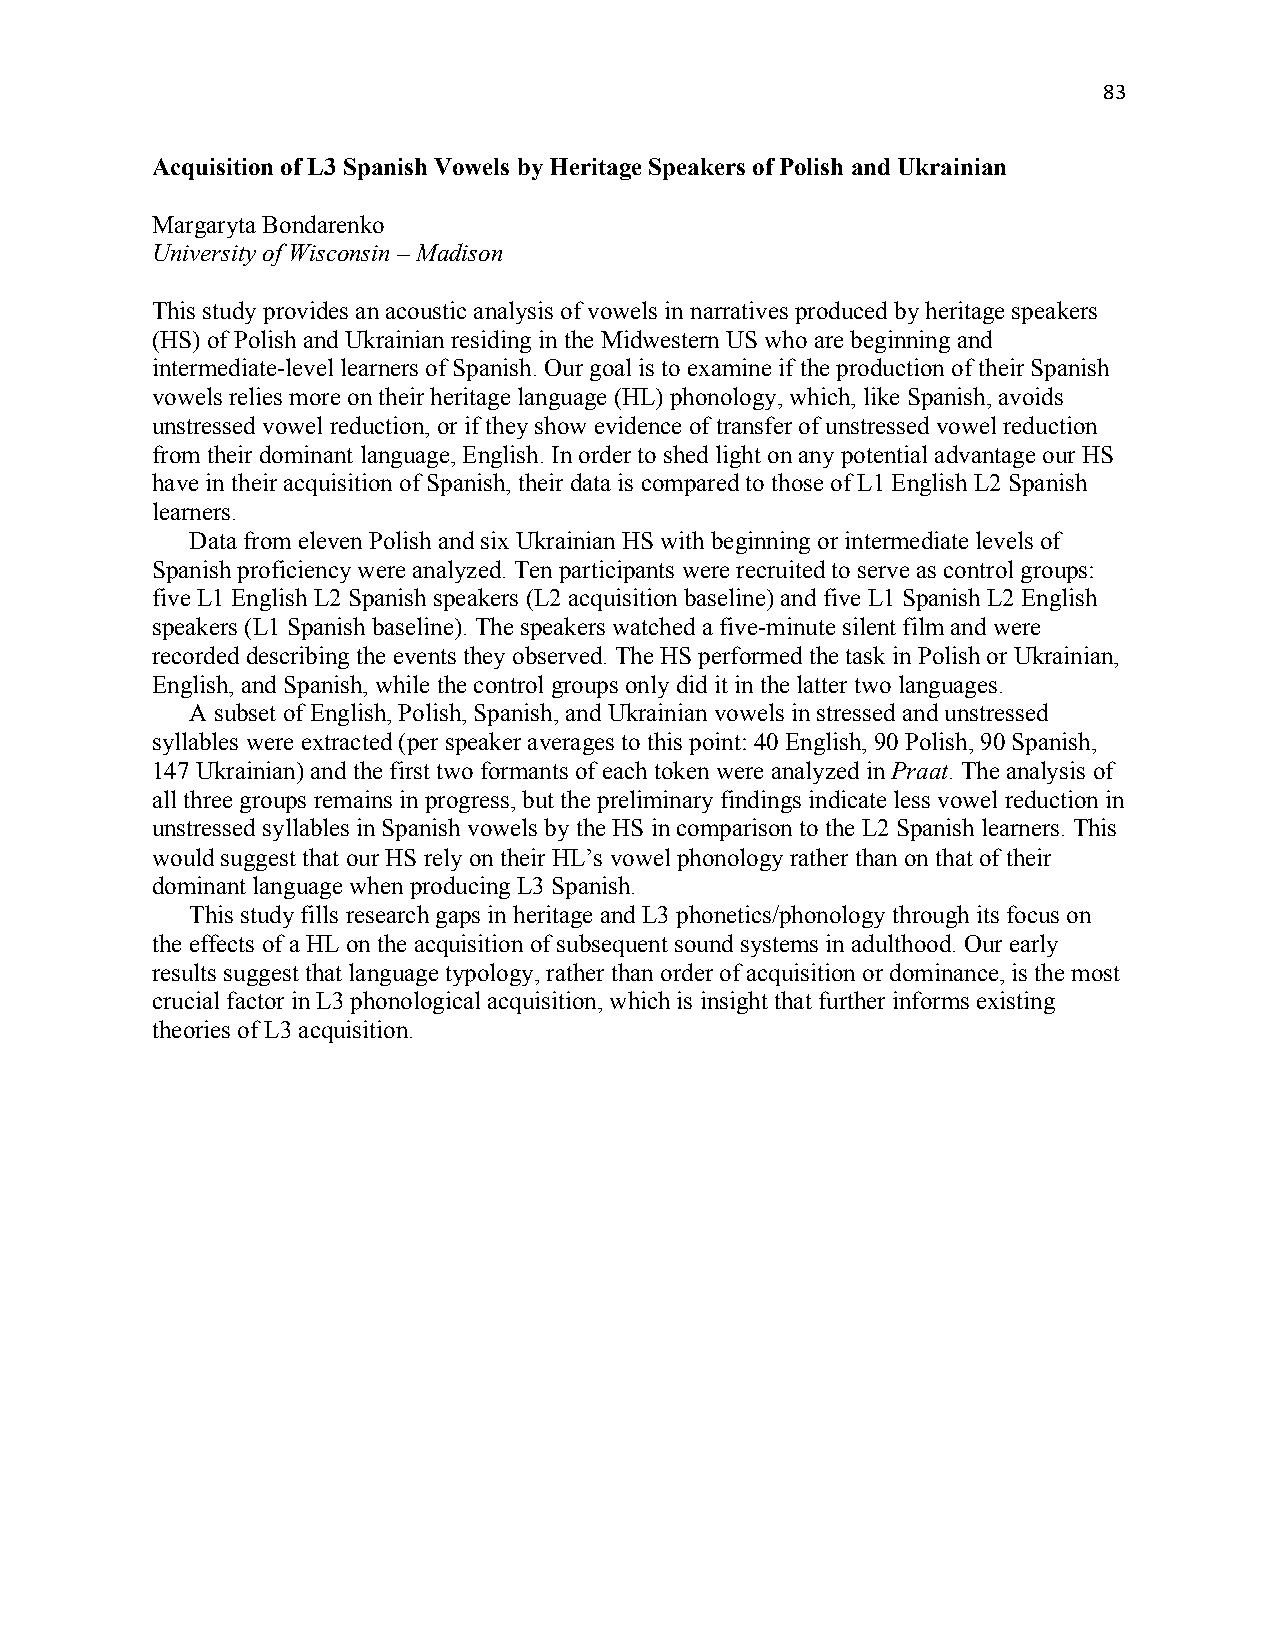
83
 Acquisition of L3 Spanish Vowels by Heritage Speakers of Polish and Ukrainian
 Margaryta Bondarenko
 University of Wisconsin – Madison
 This study provides an acoustic analysis of vowels in narratives produced by heritage speakers
 (HS) of Polish and Ukrainian residing in the Midwestern US who are beginning and
 intermediate-level learners of Spanish. Our goal is to examine if the production of their Spanish
 vowels relies more on their heritage language (HL) phonology, which, like Spanish, avoids
 unstressed vowel reduction, or if they show evidence of transfer of unstressed vowel reduction
 from their dominant language, English. In order to shed light on any potential advantage our HS
 have in their acquisition of Spanish, their data is compared to those of L1 English L2 Spanish
 learners.
 Data from eleven Polish and six Ukrainian HS with beginning or intermediate levels of
 Spanish proficiency were analyzed. Ten participants were recruited to serve as control groups:
 five L1 English L2 Spanish speakers (L2 acquisition baseline) and five L1 Spanish L2 English
 speakers (L1 Spanish baseline). The speakers watched a five-minute silent film and were
 recorded describing the events they observed. The HS performed the task in Polish or Ukrainian,
 English, and Spanish, while the control groups only did it in the latter two languages.
 A subset of English, Polish, Spanish, and Ukrainian vowels in stressed and unstressed
 syllables were extracted (per speaker averages to this point: 40 English, 90 Polish, 90 Spanish,
 147 Ukrainian) and the first two formants of each token were analyzed in Praat. The analysis of
 all three groups remains in progress, but the preliminary findings indicate less vowel reduction in
 unstressed syllables in Spanish vowels by the HS in comparison to the L2 Spanish learners. This
 would suggest that our HS rely on their HL’s vowel phonology rather than on that of their
 dominant language when producing L3 Spanish.
 This study fills research gaps in heritage and L3 phonetics/phonology through its focus on
 the effects of a HL on the acquisition of subsequent sound systems in adulthood. Our early
 results suggest that language typology, rather than order of acquisition or dominance, is the most
 crucial factor in L3 phonological acquisition, which is insight that further informs existing
 theories of L3 acquisition.